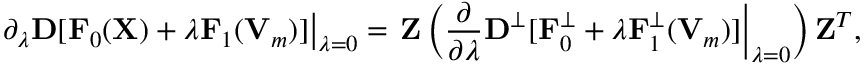
{ \displaystyle \left. { \partial } _ { \lambda } { \bf D } [ { \bf F } _ { 0 } ( { \bf X } ) + \lambda { \bf F } _ { 1 } ( { \bf V } _ { m } ) ] \right\vert _ { \lambda = 0 } = \left. { \bf Z } \left( \frac { \partial } { \partial \lambda } { \bf D } ^ { \perp } [ { \bf F } _ { 0 } ^ { \perp } + \lambda { \bf F } _ { 1 } ^ { \perp } ( { \bf V } _ { m } ) ] \right\vert _ { \lambda = 0 } \right) { \bf Z } ^ { T } } ,